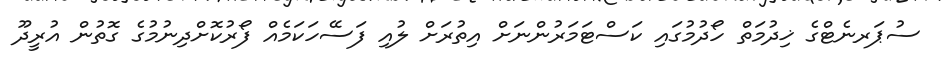
ސުޕަރނެޓްގެ ޚިދުމަތް ހޯދުމުގައި ކަސްޓަމަރުންނަށް އިތުރަށް ލުއި ފަސޭހަކަމެއް ފޯރުކޮށްދިނުމުގެ ގޮތުން އުރީދޫ